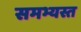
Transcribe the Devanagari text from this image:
समभ्यस्त